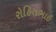
રોહિતભાઇ